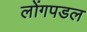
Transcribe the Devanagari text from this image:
लोंगपडल